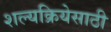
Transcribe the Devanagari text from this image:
शल्यक्रियेसाठी